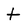
Character: t